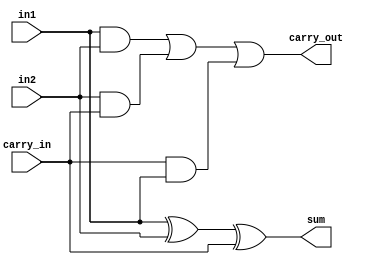
//Developed by: Aashi Srivastava
// TITLE: Full Adder using continuous assignment

module full_adder_ins(
    sum,carry_out,in1,in2,carry_in
);
input in1,in2, carry_in;
output sum, carry_out;
wire wire1, wire2, wire3;
assign sum=(in1^in2)^carry_in;
assign carry_out=(in1 & in2)|(in2 & carry_in)|(carry_in & in1);
endmodule